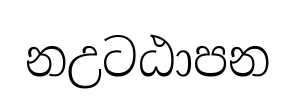
නඋටඨාපන